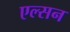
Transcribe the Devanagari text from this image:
एल्सन